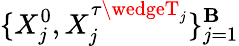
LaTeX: \{ X_{j}^{0},X_{j}^{\tau\wedgeT_{j}}\} _{j=1}^{\mathbf{B}}